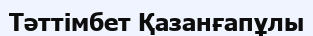
Тәттімбет Қазанғапұлы